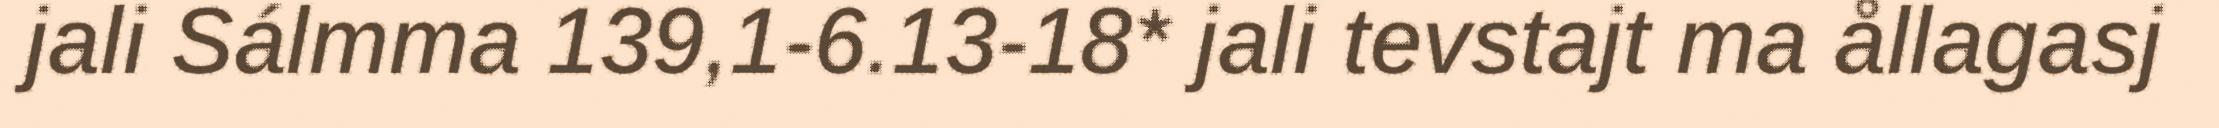
jali Sálmma 139,1-6.13-18* jali tevstajt ma ållagasj